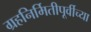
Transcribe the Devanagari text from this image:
ग्रहनिर्मितीपूर्वीच्या